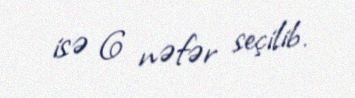
isə 6 nəfər seçilib.